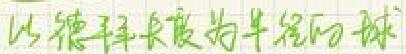
以德拜长度为半径的球